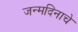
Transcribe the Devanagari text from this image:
जन्मदिनाचे